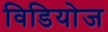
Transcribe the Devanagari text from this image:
विडियोज